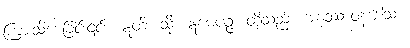
ကြားသိစေခြင်း၎င်း။ ဣတိ၊ သို့။ ဣမေပဉ္ဇ၊ တို့သည်။ အနုဿာဝနဒေါသာ၊